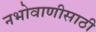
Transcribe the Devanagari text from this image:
नभोवाणीसाठी